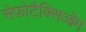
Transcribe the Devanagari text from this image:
सेफ़ोटैक्सिओम